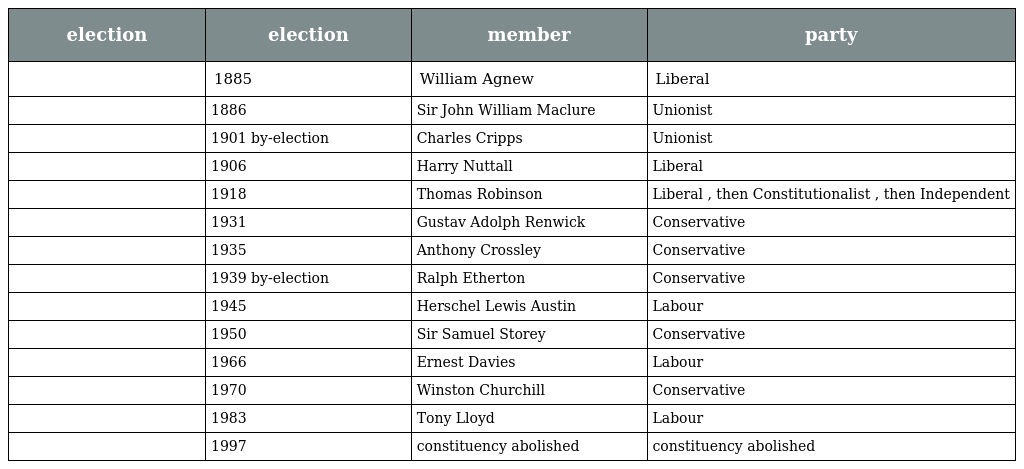
| election | election | member | party |
 | --- | --- | --- | --- |
 |  | 1885 | William Agnew | Liberal |
 |  | 1886 | Sir John William Maclure | Unionist |
 |  | 1901 by-election | Charles Cripps | Unionist |
 |  | 1906 | Harry Nuttall | Liberal |
 |  | 1918 | Thomas Robinson | Liberal , then Constitutionalist , then Independent |
 |  | 1931 | Gustav Adolph Renwick | Conservative |
 |  | 1935 | Anthony Crossley | Conservative |
 |  | 1939 by-election | Ralph Etherton | Conservative |
 |  | 1945 | Herschel Lewis Austin | Labour |
 |  | 1950 | Sir Samuel Storey | Conservative |
 |  | 1966 | Ernest Davies | Labour |
 |  | 1970 | Winston Churchill | Conservative |
 |  | 1983 | Tony Lloyd | Labour |
 |  | 1997 | constituency abolished | constituency abolished |